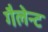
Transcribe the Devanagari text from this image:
गैलेन्ट